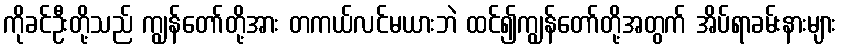
ကိုခင်ဦးတို့သည် ကျွန်တော်တို့အား တကယ်လင်မယားဘဲ ထင်၍ကျွန်တော်တို့အတွက် အိပ်ရာခမ်းနားများ